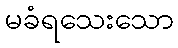
မခံရသေးသော